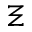
\Xi